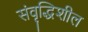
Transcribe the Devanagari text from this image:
संवृद्धिशील